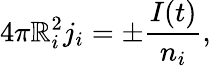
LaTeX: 4\pi\mathbb{R}_{i}^{2}j_{i}=\pm\frac{{I(t)}}{{n_{i}}},